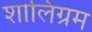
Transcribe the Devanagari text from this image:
शालिग्रम